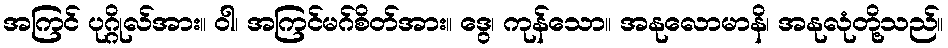
အကြင် ပုဂ္ဂိုလ်အား။ ဝါ၊ အကြင်မဂ်စိတ်အား။ ဒွေ၊ ကုန်သော။ အနုလောမာနိ၊ အနုလုံတို့သည်။